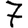
Digit: 7